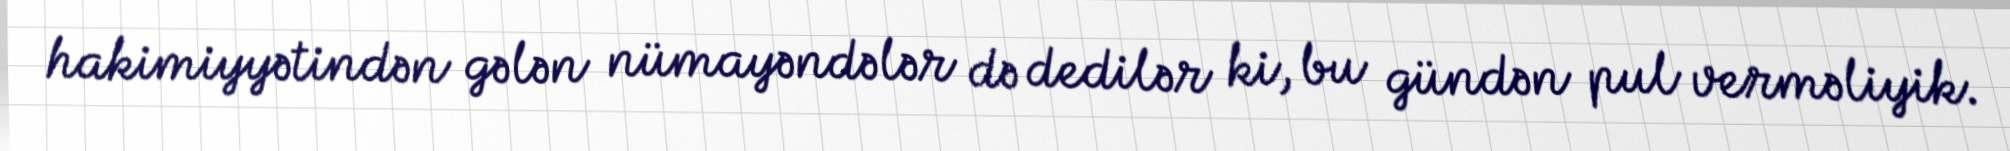
hakimiyyətindən gələn nümayəndələr də dedilər ki, bu gündən pul verməliyik.